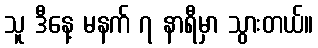
သူ ဒီနေ့ မနက် ၇ နာရီမှာ သွားတယ်။